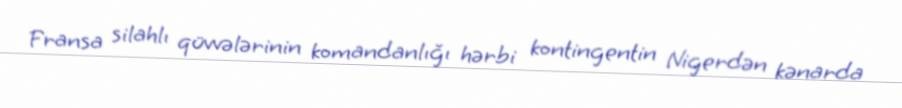
Fransa silahlı qüvvələrinin komandanlığı hərbi kontingentin Nigerdən kənarda